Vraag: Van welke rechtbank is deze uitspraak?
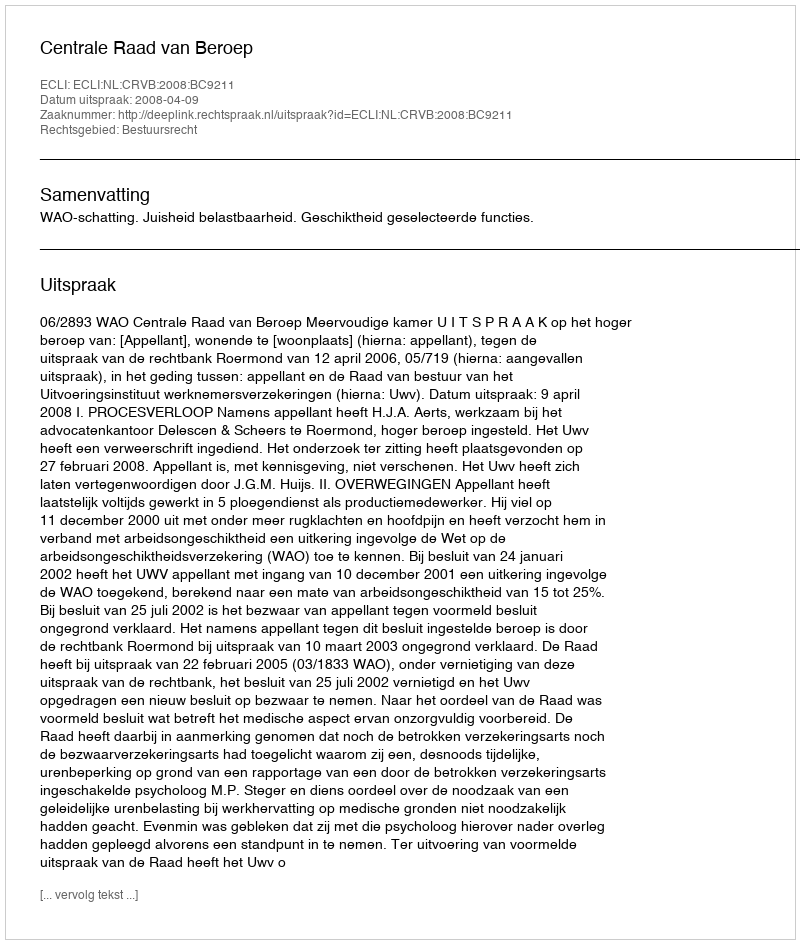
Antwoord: Centrale Raad van Beroep